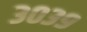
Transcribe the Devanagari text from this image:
३०३९